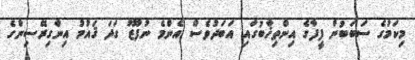
މިކަމުގެ ސަބަބުން ފީފާގެ އިންތިޚާބުގައި އަބަދުވެސް އެންމެ ނުފޫޒު ގަދަ ޤައުމު އިންގިރޭސިންގެ